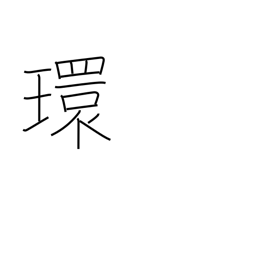
Meaning: ring